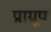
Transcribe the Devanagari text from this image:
प्राग्रूप